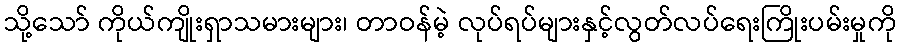
သို့သော် ကိုယ်ကျိုးရှာသမားများ၊ တာဝန်မဲ့ လုပ်ရပ်များနှင့်လွတ်လပ်ရေးကြိုးပမ်းမှုကို